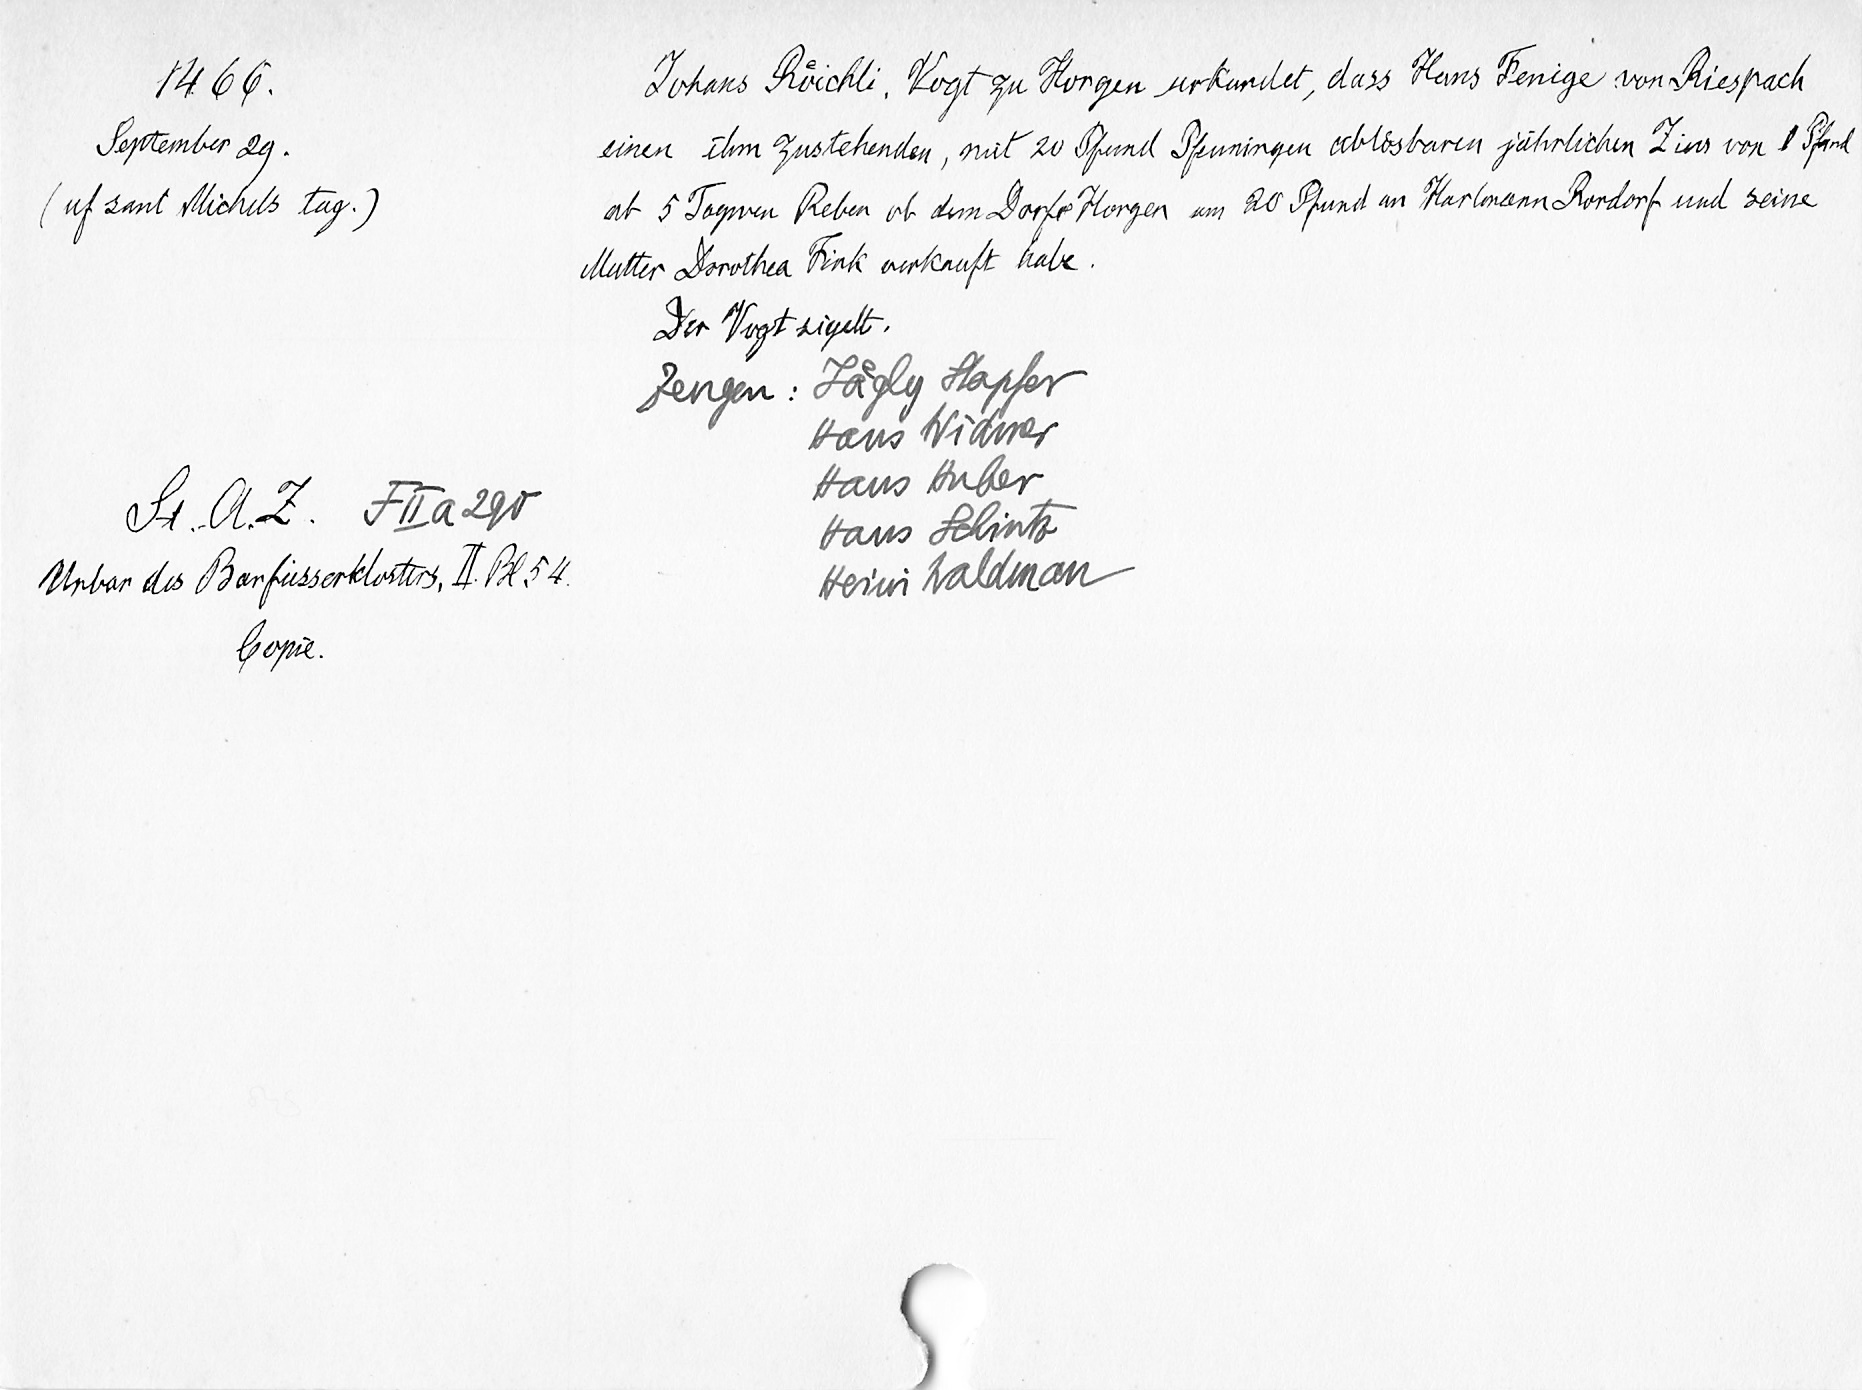
1466.
September 29.
auf sant Michels tag.)
St AZ FIIa 290.
Urbar des Barfüsserklosters II Bl. 54
Copie.

Johans Ruͤichli, Vogt zu Horgen urkundet, dass Hans Fenige von Riespach
einen ihm zustehenden, mit 20 Pfund Pfeningen abloͤsbaren jährlichen Zins von 8 Pfund
ab 5 Tagwen Reben ab dem Dorfe Horgen um 20 Pfund an Hartmann Rordorf und seine
Mutter Dorothea Fink verkauft habe
Der Vogt sigelt.
Zeugen: Jaͤgly Stapfer
Hans Widmer
Hans Huber
Hans Schlintz
Heini Waldman